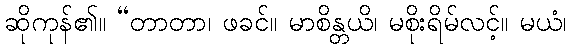
ဆိုကုန်၏။ “တာတာ၊ ဖခင်။ မာစိန္တယိ၊ မစိုးရိမ်လင့်။ မယံ၊